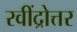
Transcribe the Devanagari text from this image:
रवींद्रोत्तर